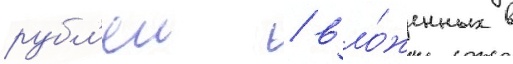
рубл'еи / вло́женных в